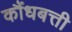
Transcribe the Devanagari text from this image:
कौंधबत्ती